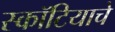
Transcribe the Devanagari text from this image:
स्कॉटियाचे